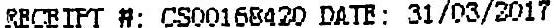
RECEIPT #: CS00168420 DATE: 31/03/2017